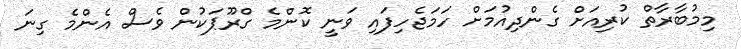
މިމުބާރާތް ކުރިއަށް ގެންދިއުމަށް ހަމަޖެހިފައި ވަނީ ކޮންމެ ގްރޫޕަކުން ވެސް އެންމެ ގިނަ